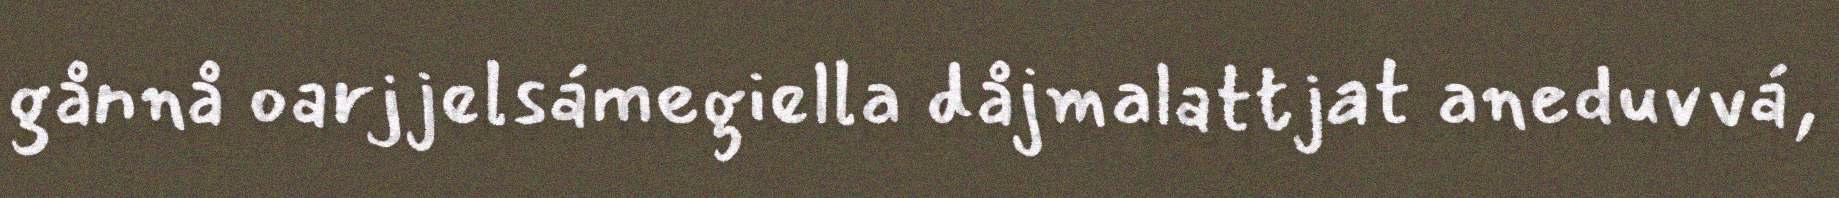
gånnå oarjjelsámegiella dåjmalattjat aneduvvá,